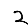
Digit: 2